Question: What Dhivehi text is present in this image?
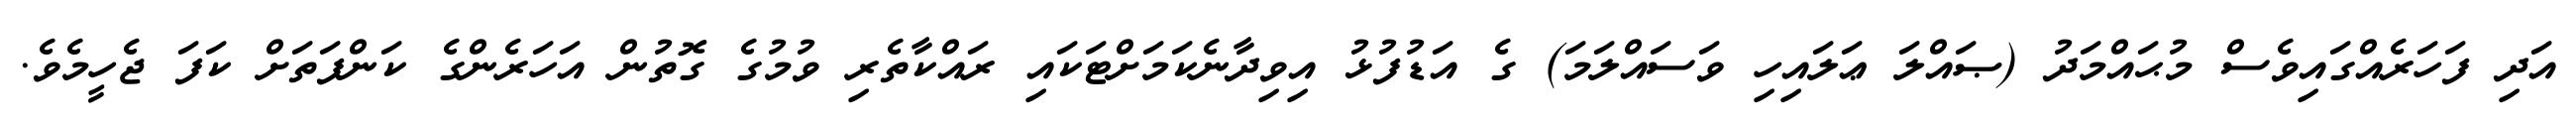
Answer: އަދި ފަހަރެއްގައިވެސް މުޙައްމަދު (ޞައްލަ ޢަލައިހި ވަސައްލަމަ) ގެ އަޑުފުޅު އިވިދާނެކަމަށްޓަކައި ރައްކާތެރި ވުމުގެ ގޮތުން އަހަރެންގެ ކަންފަތަށް ކަފަ ޖެހީމެވެ.